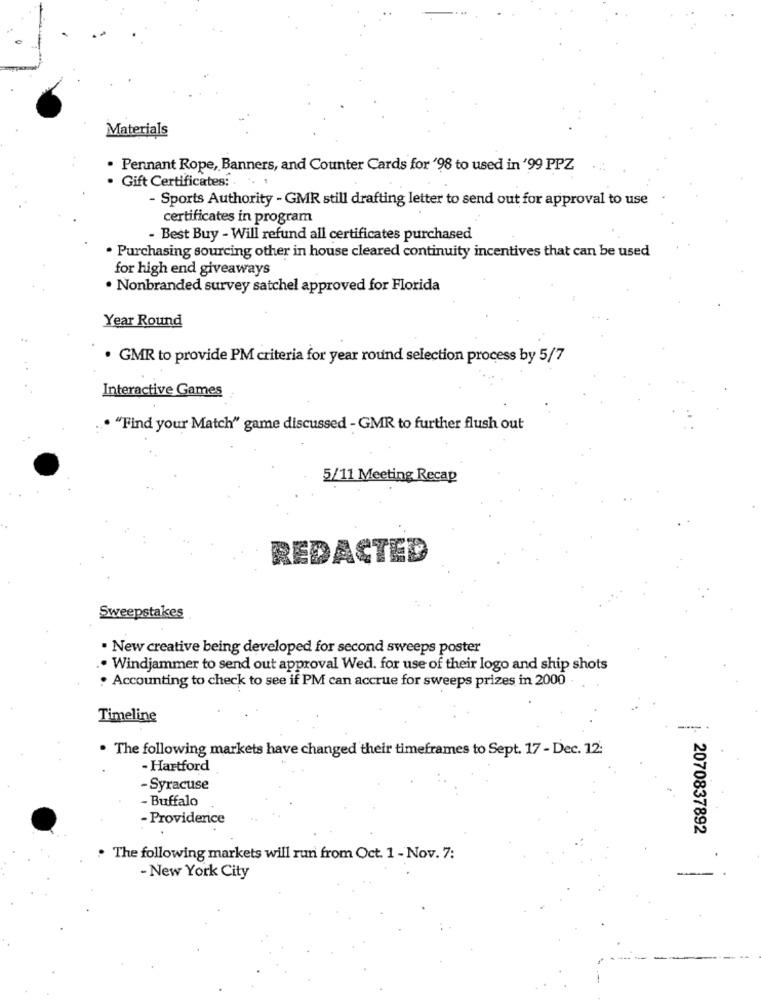
Materials
· Pennant Rope, Banners, and Counter Cards for '98 to used in '99 PPZ
· Gift Certificates:
- Sports Authority - GMR still drafting letter to send out for approval to use
certificates in program
- Best Buy - Will refund all certificates purchased
. Purchasing sourcing other in house cleared continuity incentives that can be used
for high end giveaways
. Nonbranded survey satchel approved for Florida
Year Round
· GMR to provide PM criteria for year round selection process by 5/7
Interactive Games
. "Find your Match" game discussed - GMR to further flush out
5/11 Meeting Recap
REDACTED
Sweepstakes
· New creative being developed for second sweeps poster
Windjammer to send out approval Wed. for use of their logo and ship shots
· Accounting to check to see if PM can accrue for sweeps prizes in 2000
Timeline
. The following markets have changed their timeframes to Sept. 17 - Dec. 12:
- Hartford
- Syracuse
- Buffalo
- Providerice
2070837892
. The following markets will run from Oct. 1 - Nov. 7:
- New York City